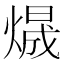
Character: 𱬃